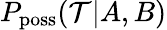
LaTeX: P_{\mathrm{poss}}({\cal T}|A,B)